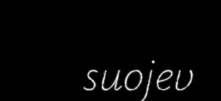
suojev